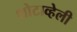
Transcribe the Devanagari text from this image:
शोटाव्हेली